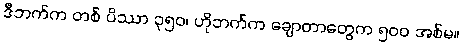
ဒီဘက်က တစ် ပိဿာ ၃၅၀၊ ဟိုဘက်က ချောတာတွေက ၅၀၀ အစ်မ။